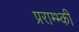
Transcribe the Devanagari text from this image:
प्रराम्भ्की